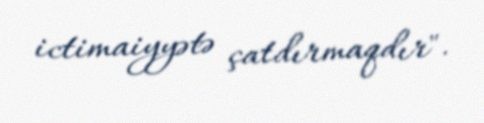
ictimaiyyətə çatdırmaqdır".